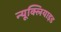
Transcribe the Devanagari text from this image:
न्यूक्लियाइड